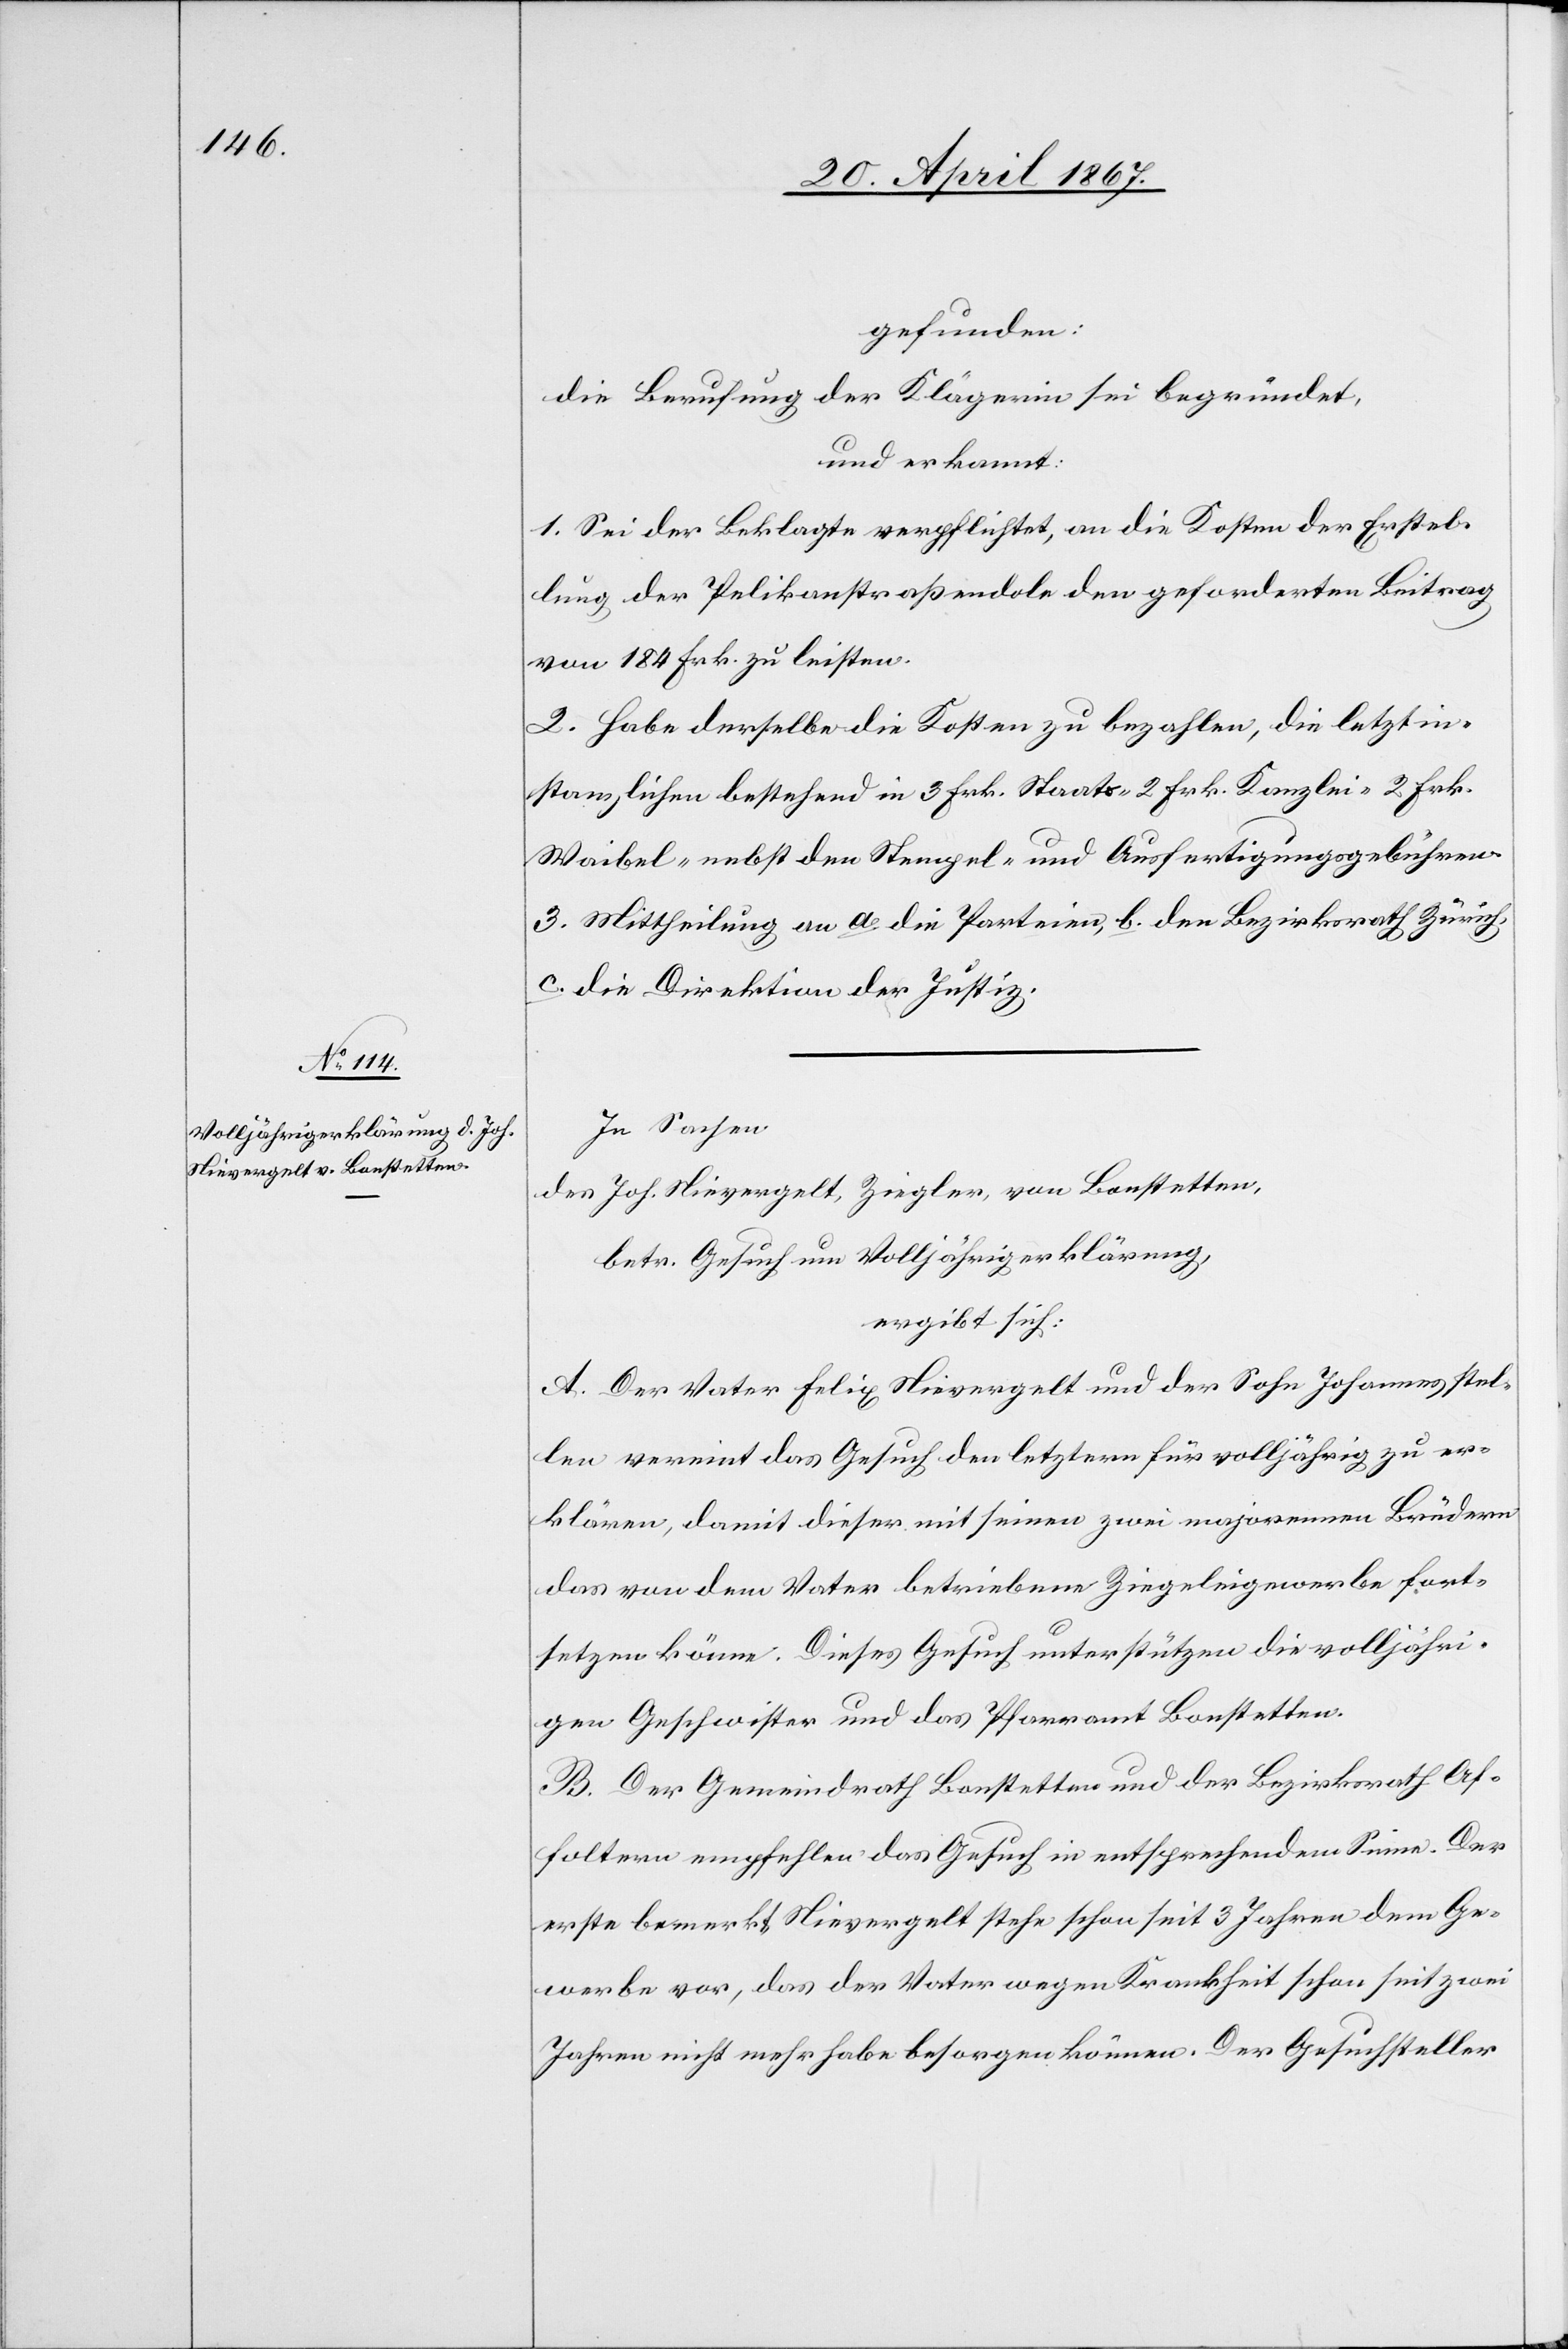
gefunden:
die Berufung der Klägerin sei begründet,
und erkannt:
1. Sei der Beklagte verpflichtet, an die Kosten der Erstel¬
lung der Pelikanstraßendole den geforderten Beitrag
von 184 Frk. zu leisten.
2. Habe derselbe die Kosten zu bezahlen, die letztin¬
stanzlichen bestehend in 3 Frk. Staats-[,] 2 Frk. Kanzlei-[,] 2 Frk.
Waibel- nebst den Stempel- und Ausfertigungsgebühren.
3. Mittheilung an a. die Parteien, b. den Bezirksrath Zürich,
c. die Direktion der Justiz.
In Sachen
des Joh. Nievergelt, Ziegler, von Bonstetten,
betr. Gesuch um Volljährigerklärung,
ergibt sich:
A. Der Vater Felix Nievergelt und der Sohn Johannes stel¬
len vereint das Gesuch den letztern für volljährig zu er¬
klären, damit dieser mit seinen zwei majorennen Brüdern
das von dem Vater betriebene Ziegeleigewerbe fort¬
setzen könne. Dieses Gesuch unterstützen die volljähri¬
gen Geschwister und das Pfarramte Bonstetten.
B. Der Gemeindrath Bonstetten und der Bezirksrath Af¬
foltern empfehlen das Gesuch in entsprechendem Sinne. Der
erste bemerkt, Nievergelt stehe schon seit 3 Jahren dem Ge¬
werbe vor, das der Vater wegen Krankheit schon seit zwei
Jahren nicht mehr habe besorgen können. Der Gesuchsteller